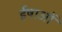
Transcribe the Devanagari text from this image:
ईषाओं